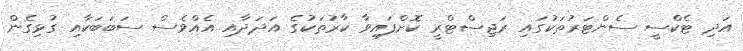
އަދި ޓެކްސީ ސެންޓަރުތަކުގައި ރަޖިސްޓްރީ ކޮށްފައިވާ ކާރުތަކުގެ އަދަދާއި އެއްވެސް ސަބަބަކާއި ގުޅިގެން